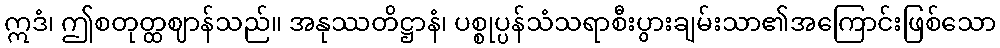
ဣဒံ၊ ဤစတုတ္ထဈာန်သည်။ အနုဿတိဋ္ဌာနံ၊ ပစ္စုပ္ပန်သံသရာစီးပွားချမ်းသာ၏အကြောင်းဖြစ်သော